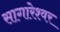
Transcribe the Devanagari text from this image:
सागारेश्वर